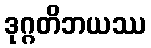
ဒုဂ္ဂတိဘယဿ